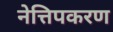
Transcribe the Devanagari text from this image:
नेत्तिपकरण